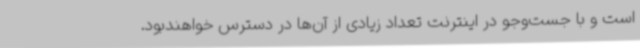
است و با جست‌وجو در اینترنت تعداد زیادی از آن‌ها در دسترس خواهندبود.